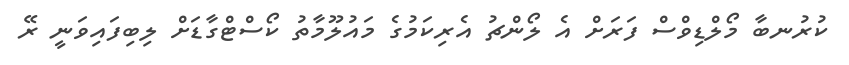
ކުރުނބާ މޯލްޑިވްސް ފަރަށް އެ ލޯންޗު އެރިކަމުގެ މައުލޫމާތު ކޯސްޓްގާޑަށް ލިބިފައިވަނީ ރޭ